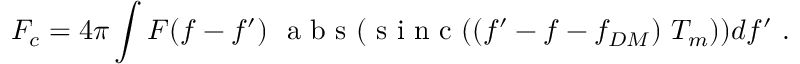
F _ { c } = 4 \pi \int F ( f - f ^ { \prime } ) ~ \mathrm { ~ a ~ b ~ s ~ } ( \mathrm { ~ s ~ i ~ n ~ c ~ } ( ( f ^ { \prime } - f - f _ { D M } ) ~ T _ { m } ) ) d f ^ { \prime } \ .